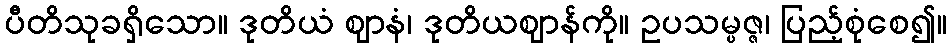
ပီတိသုခရှိသော။ ဒုတိယံ ဈာနံ၊ ဒုတိယဈာန်ကို။ ဥပသမ္ပဇ္ဇ၊ ပြည့်စုံစေ၍။